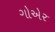
ગોએર